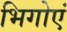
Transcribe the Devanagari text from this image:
भिगोएं